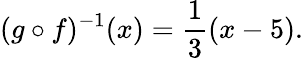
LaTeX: (g\circ f)^{-1}(x)={\frac{1}{3}}(x-5).